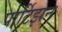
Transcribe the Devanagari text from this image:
पार्टिझन